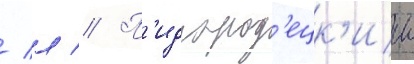
/ л // П'идгород'ецк'ии